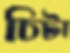
চিটা